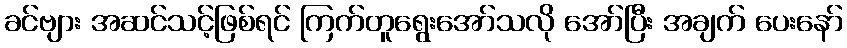
ခင်ဗျား အဆင်သင့်ဖြစ်ရင် ကြက်တူရွေးအော်သလို အော်ပြီး အချက် ပေးနော်